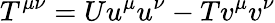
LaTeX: T^{\mu\nu}=Uu^{\mu}u^{\nu}-Tv^{\mu}v^{\nu}